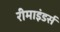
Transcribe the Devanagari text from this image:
रीमाइंडर्स